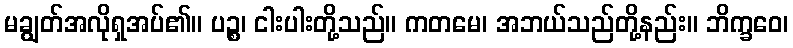
မချွတ်အလိုရှအပ်၏။ ပဉ္စ၊ ငါးပါးတို့သည်။ ကတမေ၊ အဘယ်သည်တို့နည်း။ ဘိက္ခဝေ၊